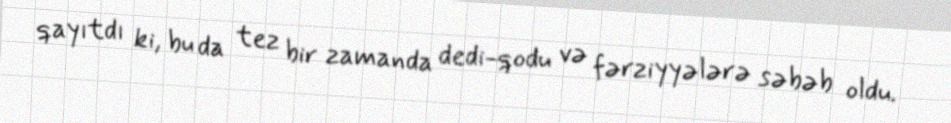
qayıtdı ki, bu da tez bir zamanda dedi-qodu və fərziyyələrə səbəb oldu.